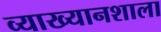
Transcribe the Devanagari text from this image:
व्याख्यानशाला